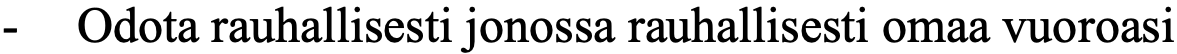
-  Odota rauhallisesti jonossa rauhallisesti omaa vuoroasi